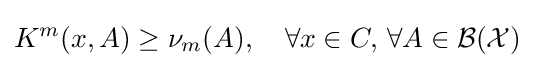
K^{m}(x,A)\geq \nu _{m}(A),\quad \forall x\in C,\,\forall A\in {\mathcal {B}}({\mathcal {X}})